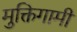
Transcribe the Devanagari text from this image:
मुक्तिगामी